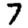
Digit: 7